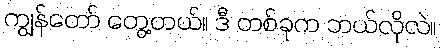
ကျွန်တော် တွေ့တယ်။ ဒီ တစ်ခုက ဘယ်လိုလဲ။